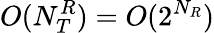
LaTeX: O(N_{T}^{R})=O(2^{N_{R}})